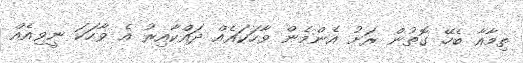
ތިމާއާ ބެހޭ ގޮތުން ރަށު އެންމެން ވާހަކައެއް ދައްކާއިރު އެ ވާހަކަ ނީވިއެއް